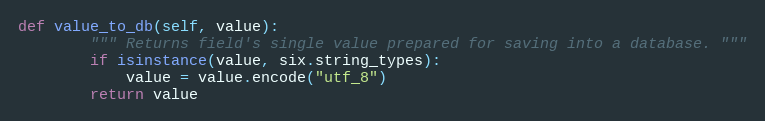
Language: Python
def value_to_db(self, value):
        """ Returns field's single value prepared for saving into a database. """
        if isinstance(value, six.string_types):
            value = value.encode("utf_8")
        return value